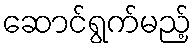
ဆောင်ရွက်မည့်